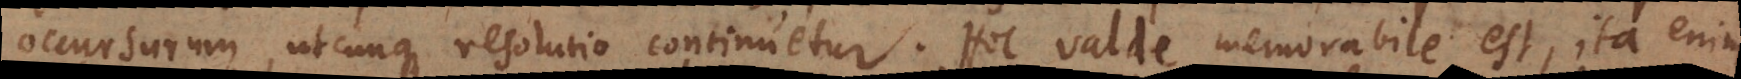
occursurum, utcunque resolutio continuetur. Hoc valde memorabile est, ita enim